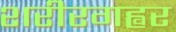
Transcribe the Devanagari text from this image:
शरीरगह्वर